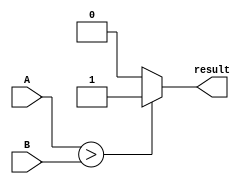
module comparator(
    input [15:0] A,
    input [15:0] B,
    output result
);

assign result = (A > B) ? 1'b1 : ((A < B) ? 1'b0 : 1'b0);

endmodule